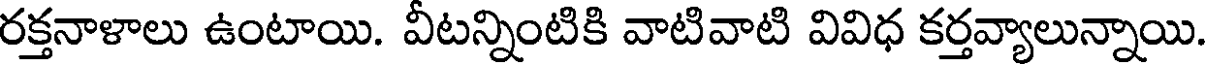
రక్తనాళాలు ఉంటాయి. వీటన్నింటికి వాటివాటి వివిధ కర్తవ్యాలున్నాయి.